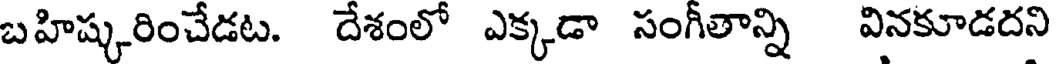
బహిష్కరించేడట. దేశంలో ఎక్కడా సంగీతాన్ని వినకూడదని